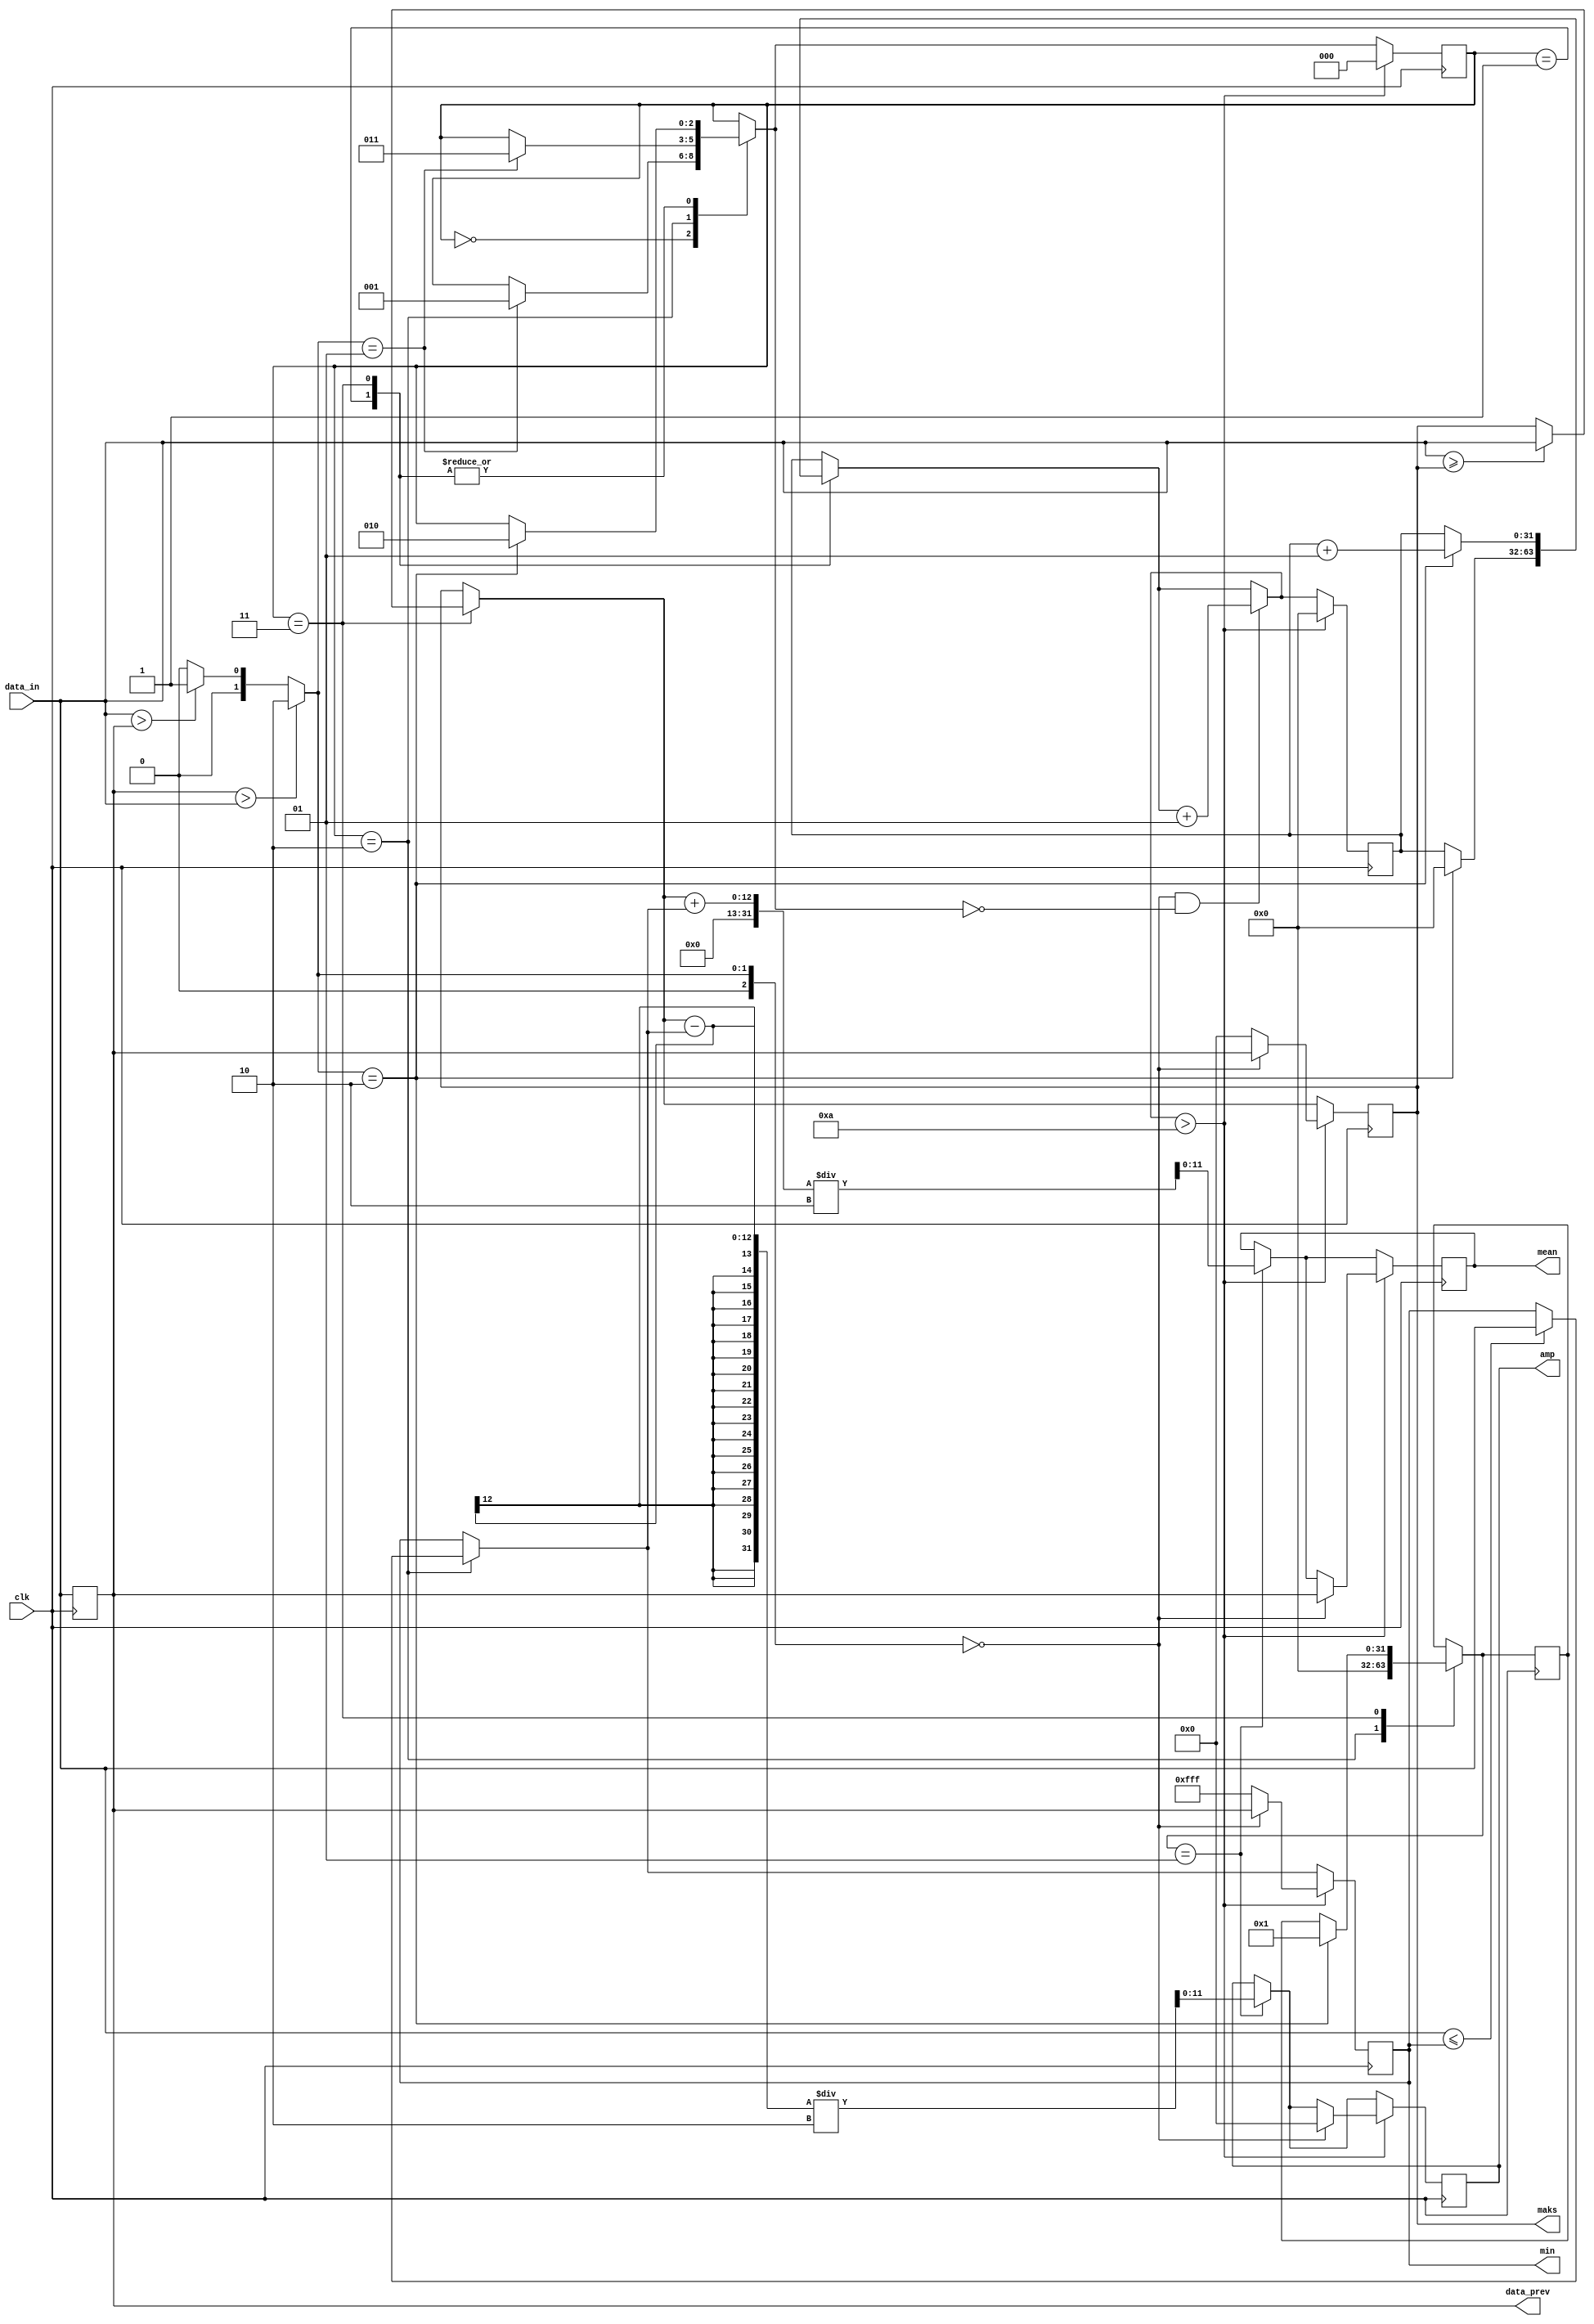
module ampfind(clk,data_in,amp,mean,maks,min,data_prev);
input [11:0] data_in;
input clk;

 output reg [11:0] maks ;
 output reg [11:0] min ;
 output reg [11:0] data_prev;

 reg [2:0] trend;
 reg [2:0] state;
 integer sayac;			// The counter which is adjusted to reset measurements periodically. It is small or simulation.
integer set;

output reg [11:0] amp;
output reg [11:0] mean;

initial
	begin
		maks =0;
		min =4095;
		state= 0;
		sayac= 0;
		
	end

	always @(posedge clk)
		begin
			if(data_prev > data_in ) 	
				begin
					trend = 2; //decrease
				end
			else if ( data_in > data_prev )	
				begin
					trend = 1; //increase
				end
			else 
				begin
					trend = 0; // constant
				end
			
		case (state)
			0:	begin					//state 0
				
				if( trend == 1)
					begin
						state = 1;
					end
				end
			1:						//state 1				
				if(trend == 2)
					begin
						sayac = 0;
						state = 2;
					end
			2:begin				//state 2
				if ( data_in <= min)
					begin
						min = data_in;
					end
				
				if(trend == 1)
					begin
						state = 3;
					end
					set = 0;
				end
			3:begin				//state 3
				if( data_in >= maks)
					begin
						maks = data_in;
					end
				if(trend == 2)
					begin
						state = 2;
						sayac = sayac + 1;
						set = 1;
					end
				end
				
		endcase
			if (trend == 0 && state == 0)
					begin
						sayac = sayac + 1;
					end	
		if( set == 1)							//set
			begin
				amp = (maks - min)/2;
				mean = (maks + min)/2;
			end
		if( sayac > 10)
			begin
				if ( trend == 0)               //reset 1
					begin
						maks = data_prev;
						min = data_prev;
						state = 0;
						sayac = 0;
						amp=0;
						mean=data_prev;
					end
				else									//reset 2
					begin
						state = 0;
						min = 4095;
						maks = 0;
						sayac = 0;
					end	
			end
			data_prev = data_in;	
		end
		
	endmodule